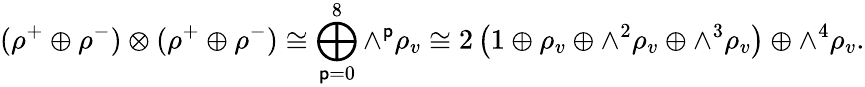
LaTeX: (\rho^{+}\oplus\rho^{-})\otimes(\rho^{+}\oplus\rho^{-})\cong\bigoplus_{\mathsf{p}=0}^{8}{\wedge}^{\mathsf{p}}\rho_{v}\cong2\left(1\oplus\rho_{v}\oplus{\wedge}^{2}\rho_{v}\oplus{\wedge}^{3}\rho_{v}\right)\oplus{\wedge}^{4}\rho_{v}.